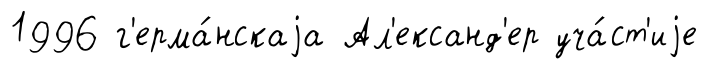
1996 г'ерма́нскаjа Ал'ександ'ер уча́ст'иjе